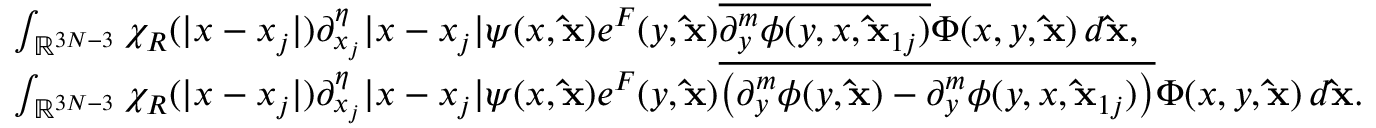
\begin{array} { r l } & { \int _ { \mathbb R ^ { 3 N - 3 } } \chi _ { R } ( | x - x _ { j } | ) \partial _ { x _ { j } } ^ { \eta } | x - x _ { j } | \psi ( x , \mathbf { \hat { x } } ) e ^ { F } ( y , \mathbf { \hat { x } } ) \overline { { \partial _ { y } ^ { m } \phi ( y , x , \mathbf { \hat { x } } _ { 1 j } ) } } \Phi ( x , y , \mathbf { \hat { x } } ) \, d \mathbf { \hat { x } } , } \\ & { \int _ { \mathbb R ^ { 3 N - 3 } } \chi _ { R } ( | x - x _ { j } | ) \partial _ { x _ { j } } ^ { \eta } | x - x _ { j } | \psi ( x , \mathbf { \hat { x } } ) e ^ { F } ( y , \mathbf { \hat { x } } ) \overline { { \big ( \partial _ { y } ^ { m } \phi ( y , \mathbf { \hat { x } } ) - \partial _ { y } ^ { m } \phi ( y , x , \mathbf { \hat { x } } _ { 1 j } ) \big ) } } \Phi ( x , y , \mathbf { \hat { x } } ) \, d \mathbf { \hat { x } } . } \end{array}